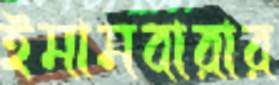
ইমামবারার